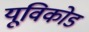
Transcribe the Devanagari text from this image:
यूविकोड